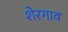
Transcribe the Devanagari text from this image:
शेरगाव